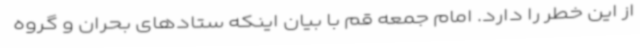
از این خطر را دارد. امام جمعه قم با بیان اینکه ستادهای بحران و گروه